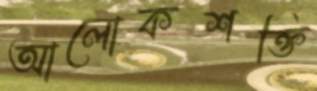
আলোকশক্তি